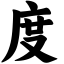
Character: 度